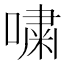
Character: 嘨